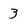
Character: 3